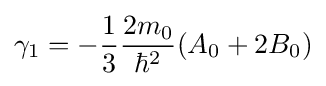
\gamma _{1}=-{\frac {1}{3}}{\frac {2m_{0}}{\hbar ^{2}}}(A_{0}+2B_{0})